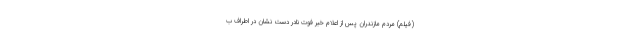
(فیلم) مردم مازندران پس از اعلام خبر فوت نادر دست نشان در اطراف ب